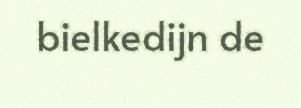
bielkedijn de